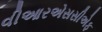
વીઆરએસસીએફ